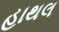
હાથલ